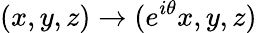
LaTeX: (x,y,z)\to(e^{i\theta}x,y,z)